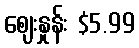
ဈေးနှုန်း $5.99